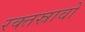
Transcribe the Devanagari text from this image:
रक्‍तस्रावों